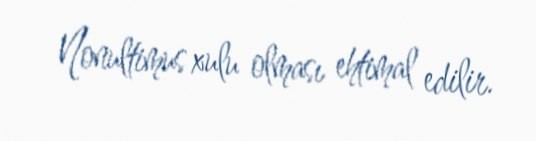
Nonultimus xulu olması ehtimal edilir.